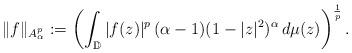
LaTeX: \begin{align*} \|f\|_{A^p_\alpha} := \left(\int_{\mathbb{D}}|f(z)|^p\,(\alpha-1)(1-|z|^2)^\alpha \,d\mu(z)\right)^\frac{1}{p}. \end{align*}